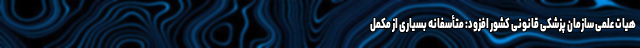
هیات علمی سازمان پزشکی قانونی کشور افزود: متأسفانه بسیاری از مکمل